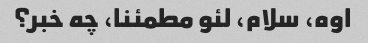
اوه، سلام، لئو مطمئنا، چه خبر؟